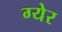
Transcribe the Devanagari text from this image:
ग्येर